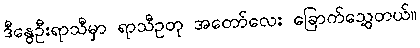
ဒီနွေဦးရာသီမှာ ရာသီဥတု အတော်လေး ခြောက်သွေ့တယ်။